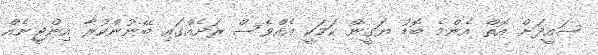
ސައީދަށް އޮތް އެންމެ ބޮޑު ޔަގީން ކަމަކީ އެއްވެސް ރަށެއްގައި ބޭނުންކުރާ އިންޖީނެއް